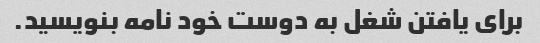
برای یافتن شغل به دوست خود نامه بنویسید.